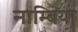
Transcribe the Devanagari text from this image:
नाम्बिया